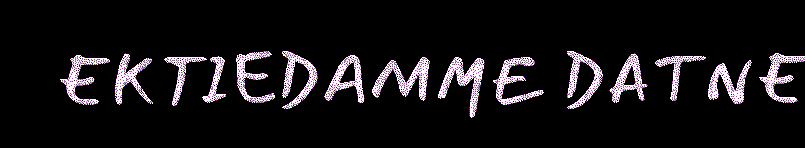
EKTIEDAMME DATNE